Annual statistical returns and brief notes on vaccination in Bengal - 1909-1929
Year: 1909
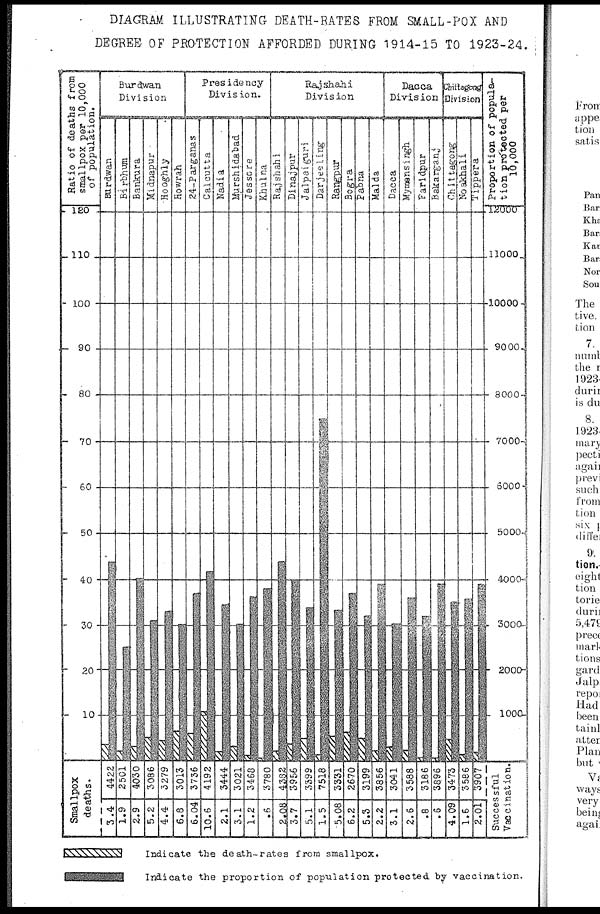
DIAGRAM ILLUSTRATING DEATH-RATES FROM SMALL-POX AND
DEGREE- OF PROTECTION AFFORDED DURING 1914-15 TO 1923-24.
Indicate the death-rates from smallpox.
Indicate the proportion of population protected by vaccination.